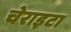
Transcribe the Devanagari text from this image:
चेराइटा